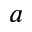
a